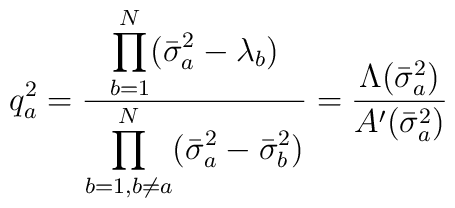
q_{a}^2=\frac{\displaystyle \prod_{b=1}^N(\bar{\sigma}_a^2-\lambda_b)}{\displaystyle \prod_{b=1,b\neq a}^N(\bar{\sigma}_a^2-\bar{\sigma}_b^2)}=\frac{\Lambda(\bar{\sigma}_a^2)}{A'(\bar{\sigma}_a^2)}